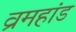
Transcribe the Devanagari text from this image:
व्रमहांड